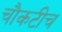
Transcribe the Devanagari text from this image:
चौकटीच